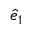
\hat { e } _ { 1 }